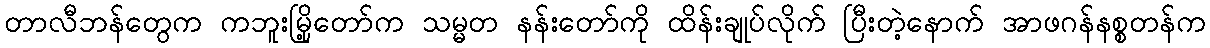
တာလီဘန်တွေက ကဘူးမြို့တော်က သမ္မတ နန်းတော်ကို ထိန်းချုပ်လိုက် ပြီးတဲ့နောက် အာဖဂန်နစ္စတန်က